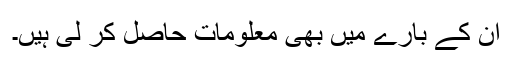
ان کے بارے میں بھی معلومات حاصل کر لی ہیں۔